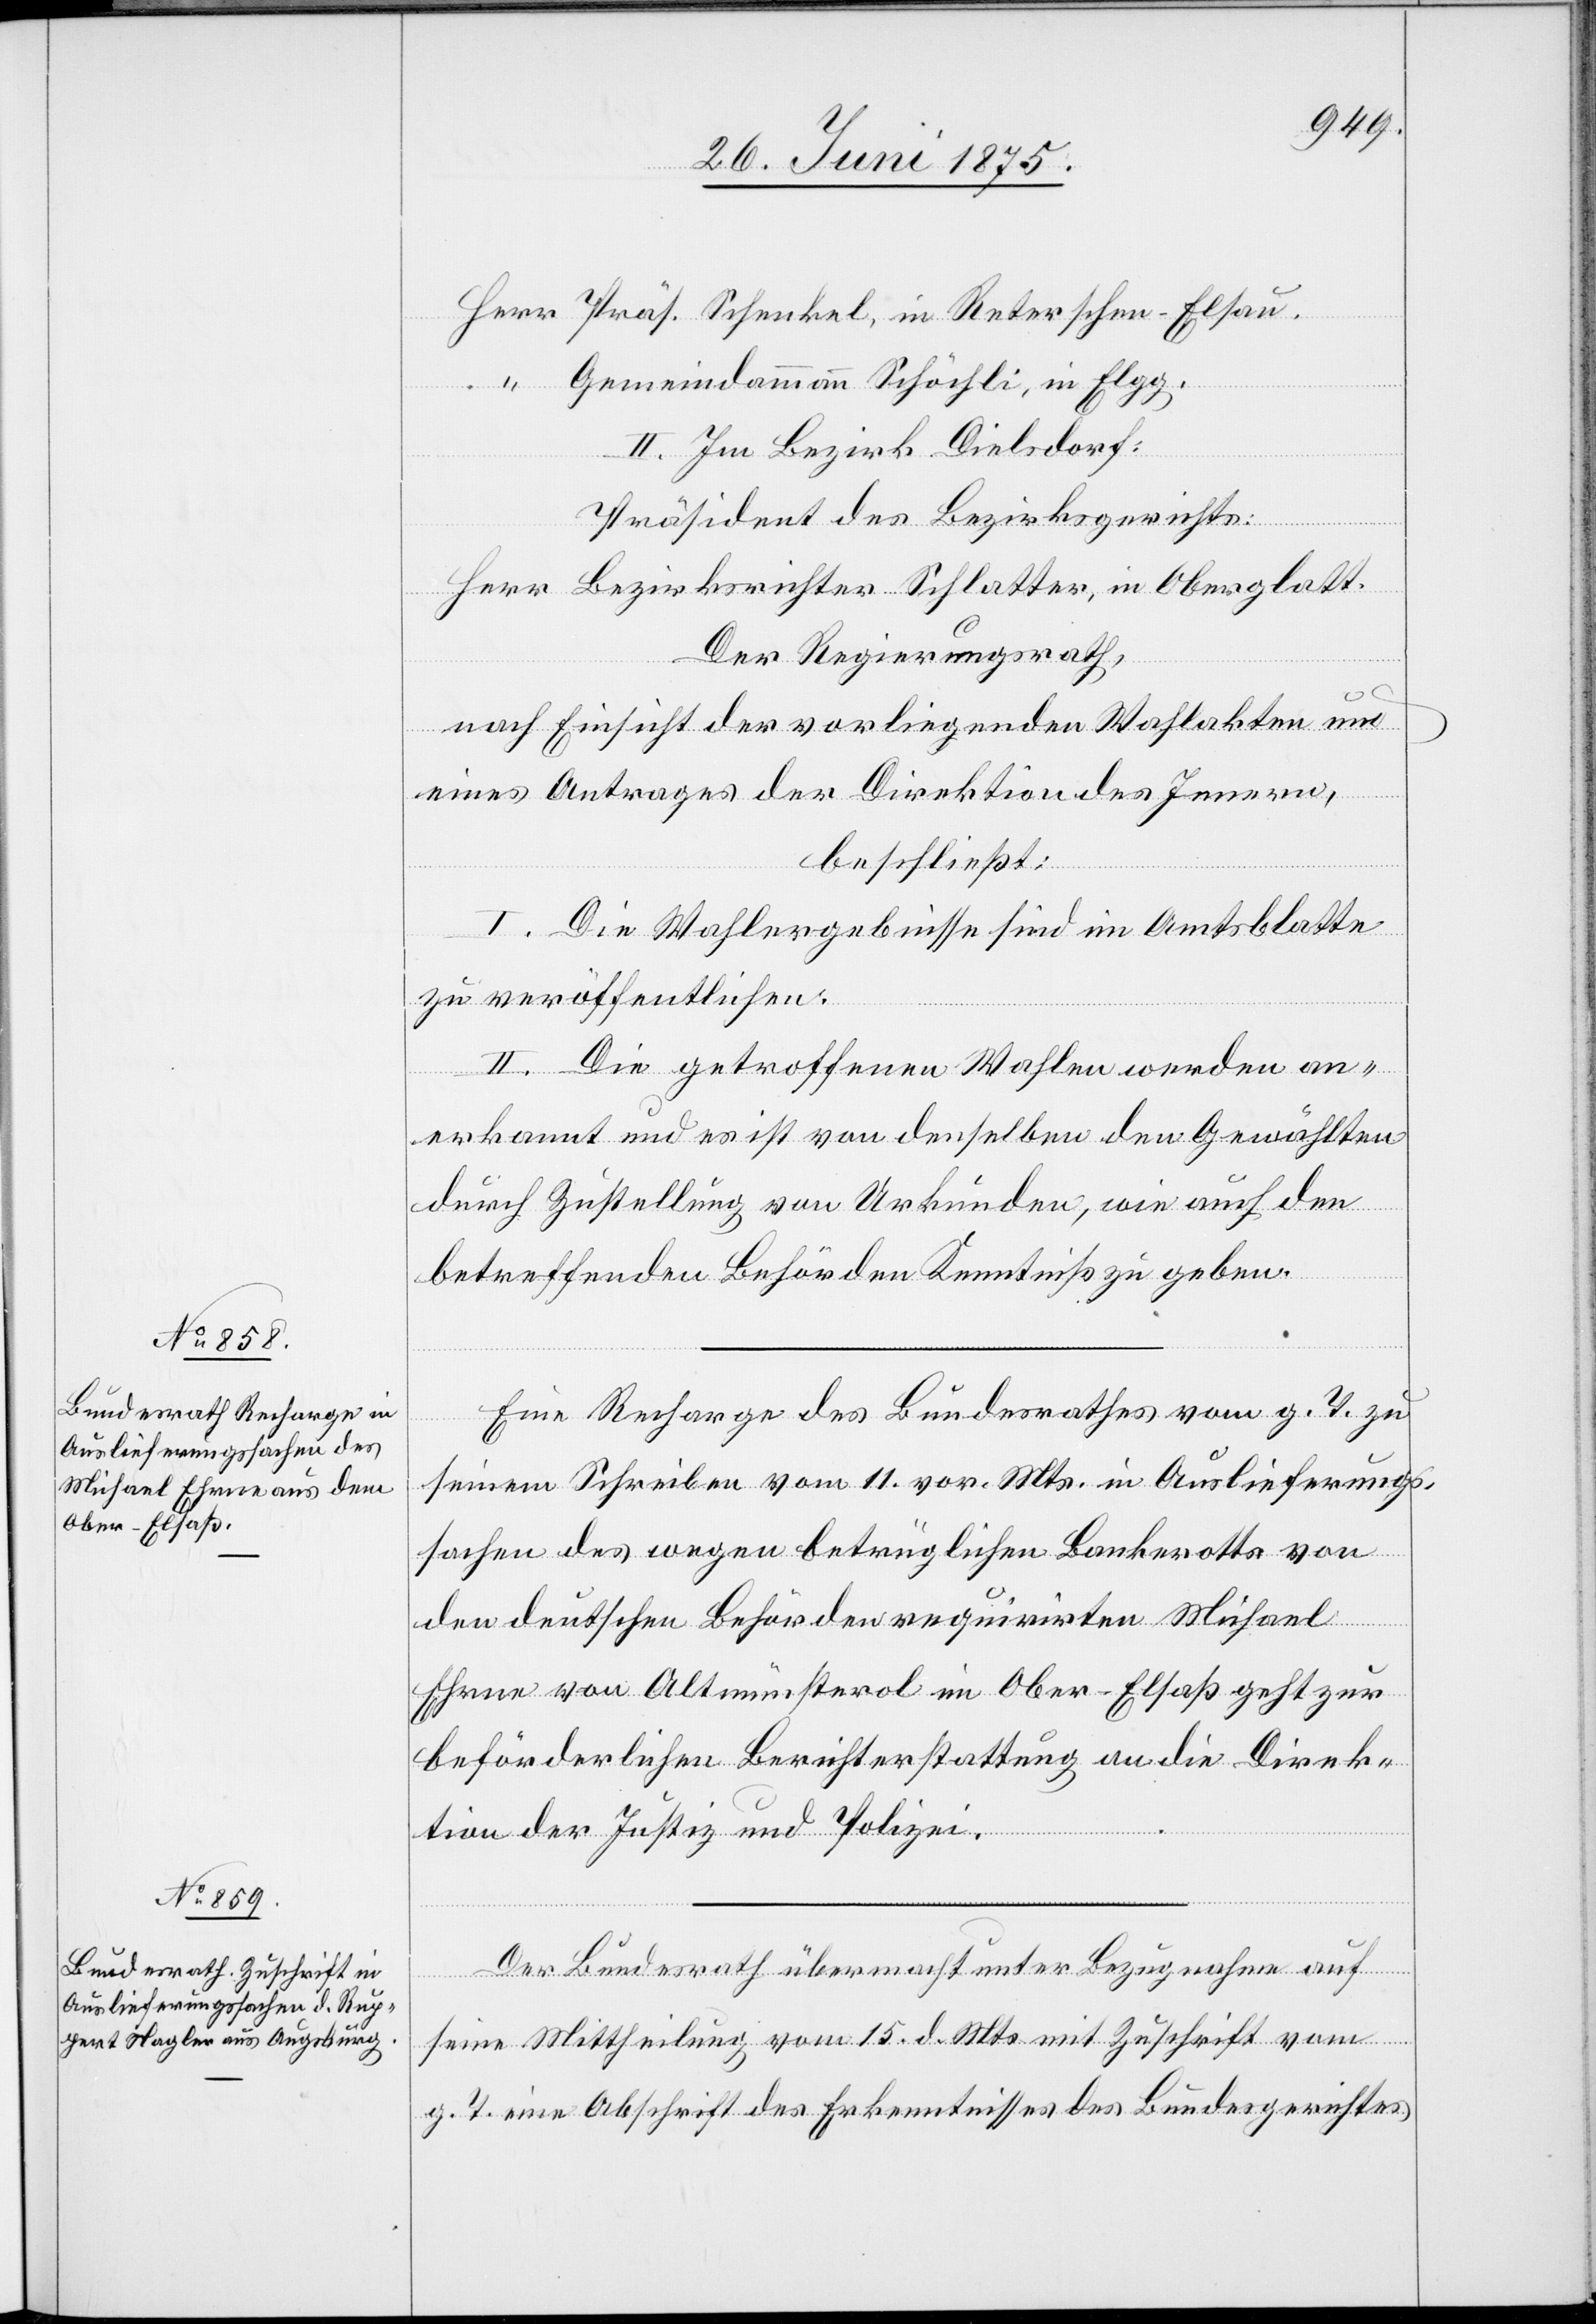
30. Juni 1875.]
Gemeindammann Schöchli, in Egg,
II. Im Bezirk Dielsdorf:
Präsident des Bezirksgerichts:
Der Regierungsrath,
“
nach Einsicht der vorliegenden Wahlakten und
eines Antrages der Direktion des Innern,
dens¬
beschließt:
I. Die Wahlergebnisse sind im Amtsblatte
zu veröffentlichen.
II. Die getroffenen Wahlen anerkannt un¬
durch Zustellung von Urkunden, wie auch den
betreffenden Behörden Kenntniß zu geben.
den
Eine Recharge des Bundesrathes vom g. T. zu
seinem Schreiben vom 11. vor. Mts. in Auslieferungs¬
sachen des wegen betrüglichen Bankrotts von
den deutschen Behörden requirirten Michael
Ehrne von Altmünsterol in Ober-Elsaß geht zur
beförderlichen Berichterstattung an die Direk¬
tion der Justiz und Polizei.
Der Bundesrath übermacht unter Bezugnahme auf
elben
seine Mittheilung vom 15. d. Mts. mit Zuschrift vom
g. T. eine Abschrift der Erkenntnisse des Bundesgerichts